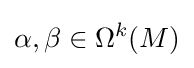
\alpha ,\beta \in \Omega ^{k}(M)